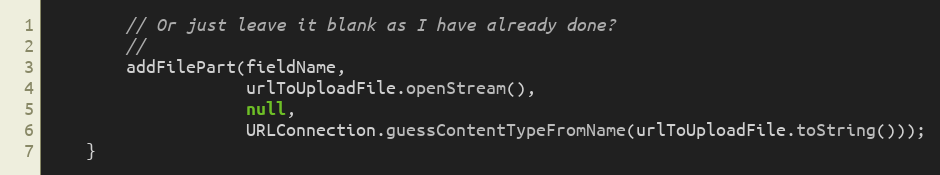
Language: Java
        // Or just leave it blank as I have already done?
        //
        addFilePart(fieldName,
                    urlToUploadFile.openStream(),
                    null,
                    URLConnection.guessContentTypeFromName(urlToUploadFile.toString()));
    }